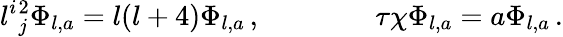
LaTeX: l^{i}{}_{j}^{2}\Phi_{l,a}=l(l+4)\Phi_{l,a}\, ,\qquad\qquad\tau\chi\Phi_{l,a}=a\Phi_{l,a}\, .